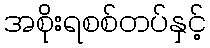
အစိုးရစစ်တပ်နှင့်